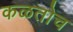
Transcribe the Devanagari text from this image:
कळतोच